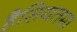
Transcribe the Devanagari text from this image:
हैसियतमा